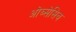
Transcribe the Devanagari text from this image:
ओब्सेसिव